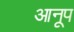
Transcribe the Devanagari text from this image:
आनूप